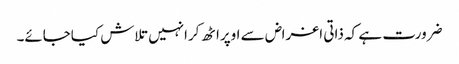
ضرورت ہے کہ ذاتی اغراض سے اوپراٹھ کرانہیں تلاش کیاجائے۔